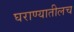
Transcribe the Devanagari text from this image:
घराण्यातीलच